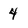
Character: 4